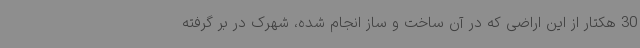
30 هکتار از این اراضی که در آن ساخت و ساز انجام شده، شهرک در بر گرفته